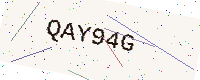
Text: QAY94G